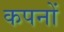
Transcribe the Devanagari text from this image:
कपनों